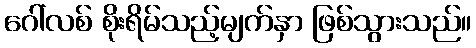
ဂေါ်လစ် စိုးရိမ်သည့်မျက်နှာ ဖြစ်သွားသည်။